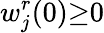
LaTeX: w_{j}^{r}(0){\geq}0